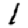
Digit: 1